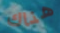
هناك